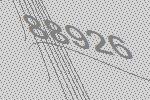
88926